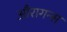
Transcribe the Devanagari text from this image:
औरागन्स